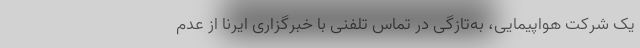
یک شرکت هواپیمایی، به‌تازگی در تماس تلفنی با خبرگزاری ایرنا از عدم